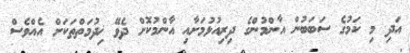
އަދި މި ކަމުގެ ސަބަބުން އާންމުންގެ ދިރިއުޅުމަށާއި އާންމުކޮށް ދެވޭ ޚިދުމަތްތަކަށް އެއްވެސް